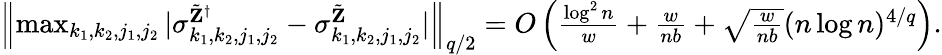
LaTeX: \begin{array}{r}{\left\| \operatorname*{max}_{k_{1},k_{2},j_{1},j_{2}}|\sigma_{k_{1},k_{2},j_{1},j_{2}}^{\tilde{\mathbf Z}^{\dagger}}-\sigma_{k_{1},k_{2},j_{1},j_{2}}^{\tilde{\mathbf Z}}|\right\| _{q/2}=O\left(\frac{\log^{2}n}{w}+\frac{w}{nb}+\sqrt{\frac{w}{nb}}(n\log n)^{4/q}\right).}\end{array}